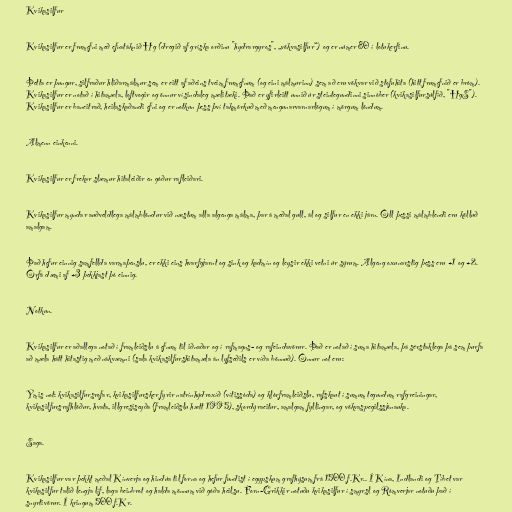
Kvikasilfur

Kvikasilfur er frumefni með efnatáknið Hg (dregið af gríska orðinu "hydrargyros", „vökvasilfur“) og er númer 80 í lotukerfinu.

Þetta er þungur, silfraður hliðarmálmur sem er eitt af aðeins tveim frumefnum (og eini málmurinn) sem að eru vökvar við stofuhita (hitt frumefnið er bróm).
Kvikasilfur er notað í hitamæla, loftvogir og önnur vísindaleg mælitæki. Það er yfirleitt unnið úr steintegundinni sinnóber (kvikasilfursúlfíð, "HgS").
Kvikasilfur er baneitrað, heilaskaðandi efni og er notkun þess því takmörkuð með mengunarvarnarlögum í mörgum löndum.

Almenn einkenni.

Kvikasilfur er frekar slæmur hitaleiðir en góður rafleiðari.

Kvikasilfur myndar auðveldlega málmblöndur við næstum alla algenga málma, þar á meðal gull, ál og silfur en ekki járn. Öll þessi málmblendi eru kölluð
amalgam.

Það hefur einnig samfellda varmaþenslu, er ekki eins hvarfgjarnt og sink og kadmín og leysir ekki vetni úr sýrum. Algeng oxunarstig þess eru +1 og +2.
Örfá dæmi af +3 þekkjast þó einnig.

Notkun.

Kvikasilfur er aðallega notað í framleiðslu á efnum til iðnaðar og í rafmagns- og rafeindavörur. Það er notað í suma hitamæla, þá sérstaklega þá sem þurfa
að mæla hátt hitastig með nákvæmni (sala kvikasilfurshitamæla án lyfseðils er víða bönnuð). Önnur not eru:

Ýmis not: kvikasilfursrofar, kvikasilfursker fyrir natrínhýdroxíð (vítissóda) og klórframleiðslu, rafskaut í sumum tegundum rafgreiningar,
kvikasilfursrafhlöður, hvata, illgresiseyða (framleiðslu hætt 1995), skordýraeitur, amalgam fyllingar, og vökvaspegilssjónauka.

Saga.

Kvikasilfur var þekkt meðal Kínverja og hindúa til forna og hefur fundist í egypskum grafhýsum frá 1500 f.Kr.. Í Kína, Indlandi og Tíbet var
kvikasilfur talið lengja líf, laga beinbrot og halda mönnum við góða heilsu. Forn-Grikkir notuðu kvikasilfur í smyrsl og Rómverjar notuðu það í
snyrtivörur. Í kringum 500 f.Kr.